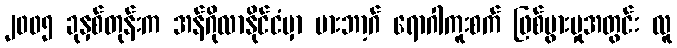
၂၀၀၅ ခုနှစ်တုန်းက အန်ဂိုလာနိုင်ငံမှာ မားဘာ့ဂ် ရောဂါကူးစက် ဖြစ်ပွားမှုအတွင်း လူ